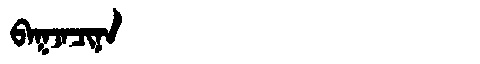
Manchu: ᠪᠠᡴᠵᠠᠴᡳᠨᠠ
Romanization: BAKJACINA